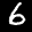
Label: 6